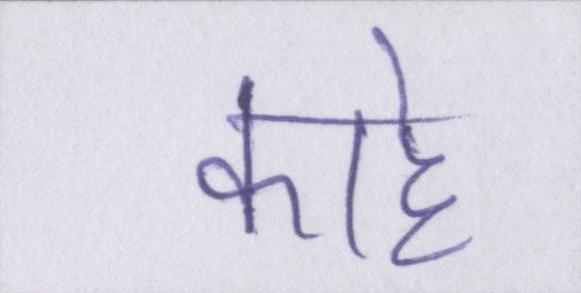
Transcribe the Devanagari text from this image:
काहे